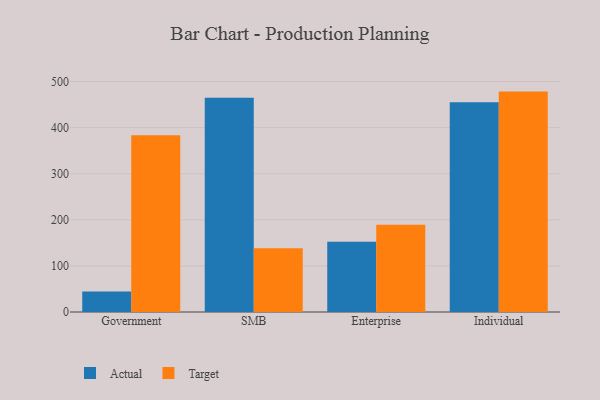
{"axis": {"x": "Segment", "y": "Demand Index"}, "legend": ["Actual", "Target"], "data": [{"x": "Government", "y": 44.5, "type": "Actual"}, {"x": "Government", "y": 383.6, "type": "Target"}, {"x": "SMB", "y": 465.0, "type": "Actual"}, {"x": "SMB", "y": 138.2, "type": "Target"}, {"x": "Enterprise", "y": 152.6, "type": "Actual"}, {"x": "Enterprise", "y": 189.1, "type": "Target"}, {"x": "Individual", "y": 455.2, "type": "Actual"}, {"x": "Individual", "y": 478.2, "type": "Target"}]}